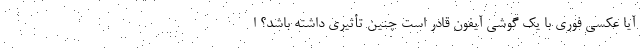
آیا عکسی فوری با یک گوشی آیفون قادر است چنین تأثیری داشته باشد؟ ا